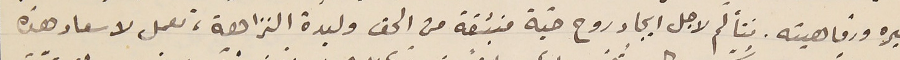
خيره ورفاهيته. نتألّم لاجل ايجاد روح حيّة منبثقة من الحق وليدة النزاهة، تعمل لاسعاد هذه